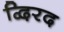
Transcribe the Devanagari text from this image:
द्विरद